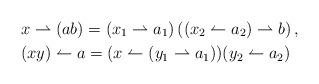
LaTeX: \begin{align*}&x\rightharpoonup (ab)=(x_1\rightharpoonup a_1)\left( (x_2\leftharpoonup a_2)\rightharpoonup b \right),\\&(xy)\leftharpoonup a=(x\leftharpoonup (y_1\rightharpoonup a_1))(y_2\leftharpoonup a_2)\end{align*}